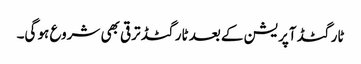
ٹارگٹڈ آپریشن کے بعد ٹارگٹڈ ترقی بھی شروع ہو گی۔